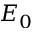
E _ { 0 }